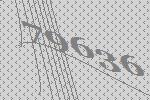
79636